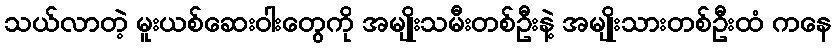
သယ်လာတဲ့ မူးယစ်ဆေးဝါးတွေကို အမျိုးသမီးတစ်ဦးနဲ့ အမျိုးသားတစ်ဦးထံ ကနေ